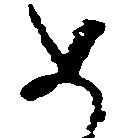
如